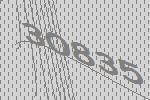
30835